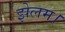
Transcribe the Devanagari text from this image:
झेलम।